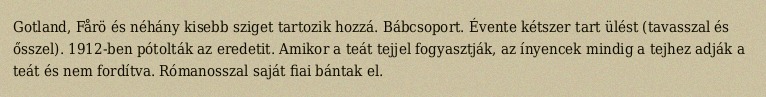
Gotland, Fårö és néhány kisebb sziget tartozik hozzá. Bábcsoport. Évente kétszer tart ülést (tavasszal és ősszel). 1912-ben pótolták az eredetit. Amikor a teát tejjel fogyasztják, az ínyencek mindig a tejhez adják a teát és nem fordítva. Rómanosszal saját fiai bántak el.